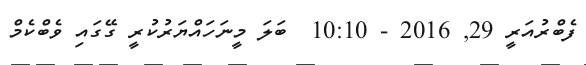
ފެބްރުއަރީ 29